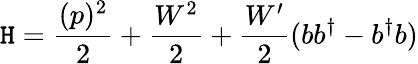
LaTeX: \mathtt{H}={\frac{{(p)^{2}}}{{2}}}+{\frac{{{W}^{2}}}{{2}}}+{\frac{{W^{\prime}}}{{2}}}(bb^{\dagger}-b^{\dagger}b)